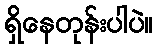
ရှိနေတုန်းပါပဲ။